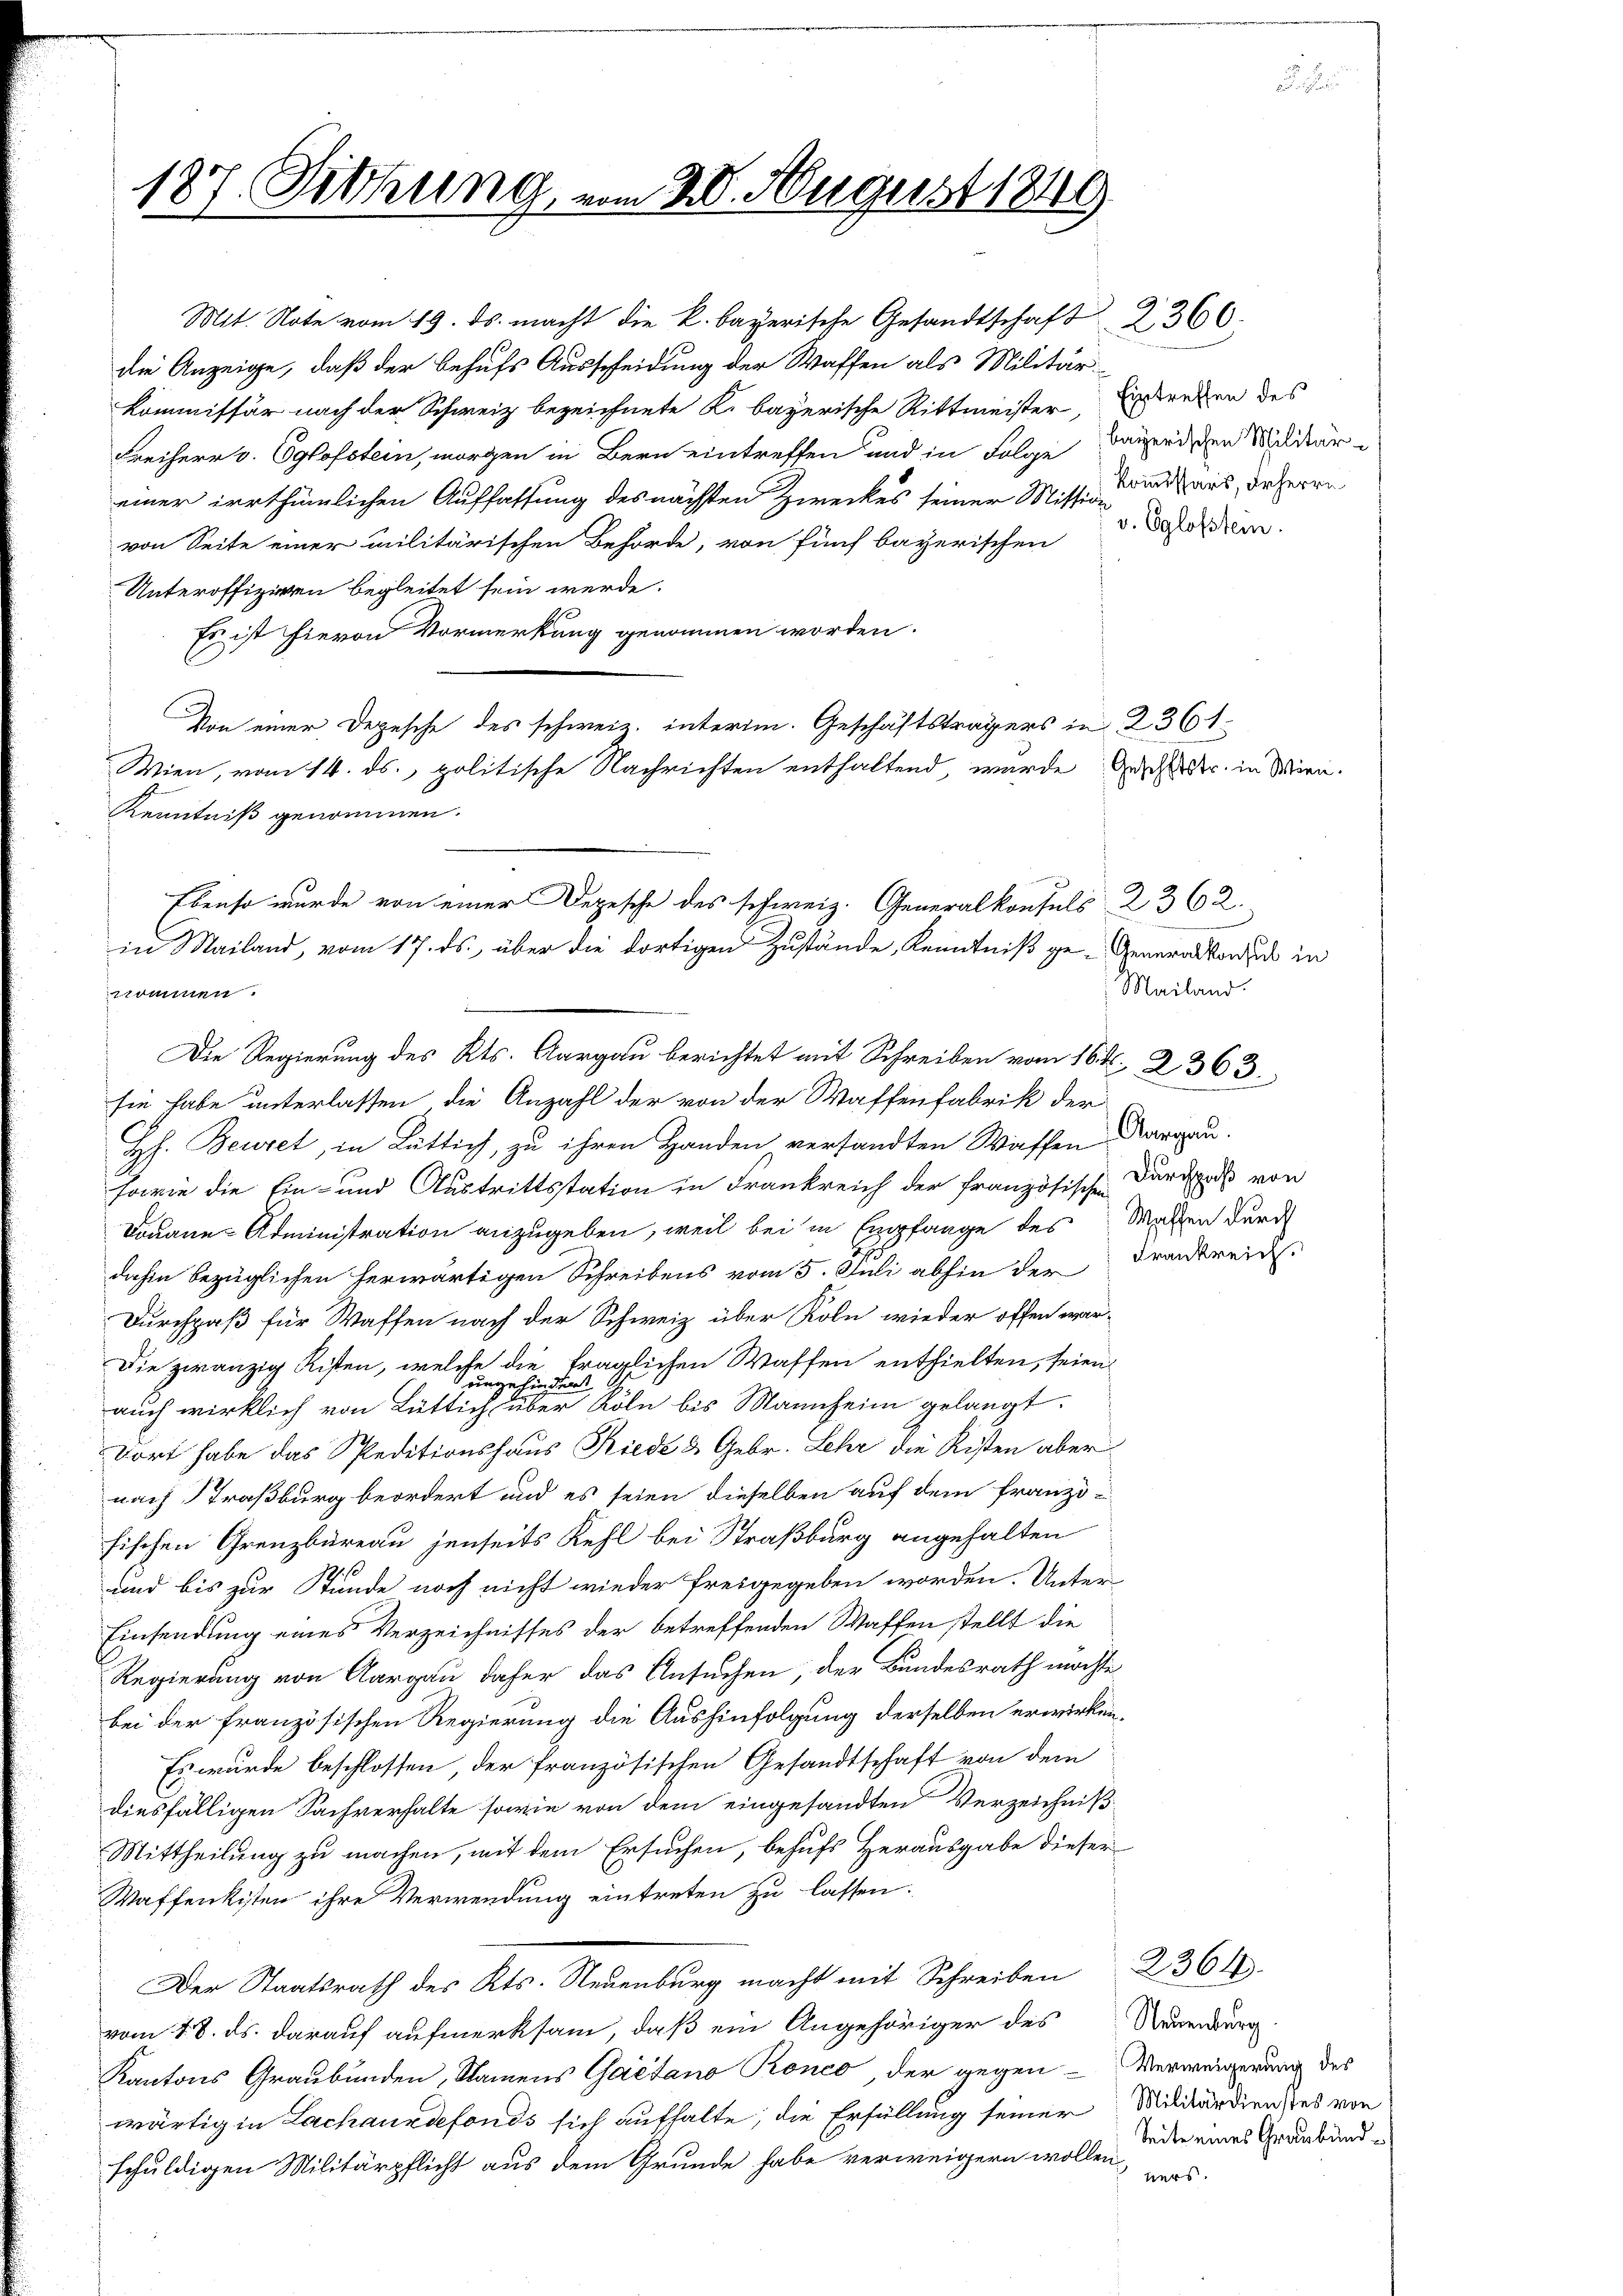
187. Sitzung vom 28. August 1849

Mit. Note vom 19. ds. macht die k. bayerische Gesandtschaft 2360.
die Anzeige, daß der behufs Ausscheidung der Waffen als Militärkommissär nach der Schweiz bezeichnete K. bayerische Rittmeister,
Freiherr v. Eglofstein, morgen in Bern eintreffen und in Folge Bauerdien Militär
einer irrthümlichen Auffassung des nächsten Zweckes seiner Misse und aus, dr Herrn
von Seite einer militärischen Behörde, von fünf bayerischen
Unteroffiziren begleitet sein werde.
Es ist hievon Vormerkung genommen worden.
Wien, vom 14. ds., politische Nachrichten enthaltend wurde Gesichtstr. in Wir
Kenntniß genommen.
nommen.
Die Regierung des Kts. Aargau berichtet mit Schreiben vom 16 t. 2363.
sie habe unterlassen, die Anzahl der von der Waffenfabrik der
Hh. Beuret, in Lüttich, zu ihren Handen versandten Waffen Aargau.
sowie die Ein- und Austrittstation in Frankreich der französisch-Kardaß von
Douane-Administration anzugeben, weil bei in Empfange des Machen durch
dahin bezüglichen herwärtigen Schreibens vom 5. Juli abhin der Frankreid
Durchpaß für Waffen nach der Schweiz über Koln wieder offen war¬
Die zwanzig Kisten, welche die fraglichen Waffen enthielten, seien
r
t
efund
auch wirklich von Lüttich über Röln bis Mannheim gelangt.
Dort habe das Speditionshaus Riede & Gebr. Lehr die Risten aber
nach Straßburg beordert und es seien dieselben auf dem franzöfischen Grenzbüreau jenseits Kehl bei Straßburg angehalten
und bis zur Stunde noch nicht wieder freigegeben worden. Unter
Einsendung eines Verzeichnisses der betreffenden Waffen stellt die
Regierung von Aargau daher das Ansuchen, der Bundesrath möchte
bei der französischen Regierung die Aushinfolgung derselben erwirken.
Es wurde beschlossen, der französischen Gesandtschaft von dem
diesfälligen Sachverhalte sowie von dem eingesandten Verzeichniß¬
Mittheilung zu machen, mit dem Ersuchen, behufs Herausgabe dieser
Waffenkisten ihre Verwendung eintreten zu lassen.
Der Staatsrath des Kts. Neuenburg macht mit Schreiben 2364
vom 28. ds. darauf aufmerksam, daß ein Angehöriger des
Kantons Graubünden, Namens Gaetano Ronco, der gegen Verweigerung des
wärtig in Lachauedefonds sich aufhalte, die Erfüllung seiner Militärdienstes von
schuldigen Militärpflicht aus dem Grunde habe verweigern wollen,

Ebenso wurde von einer Depesche des schweiz. Generalkonsuls 2362.
in Mailand, vom 17. ds. über die dortigen Zustände, Kenntniß ge- Generalkonzes in

Von einer Depesche des schweiz. interim. Geschäftsträgers in 236 t

Eintreffen des
v. Eglofstein.

Mailand.

Neuenburg
Seite eines Graubünd¬

s.